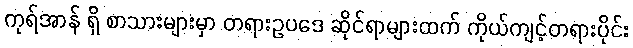
ကုရ်အာန် ရှိ စာသားများမှာ တရားဥပဒေ ဆိုင်ရာများထက် ကိုယ်ကျင့်တရားပိုင်း